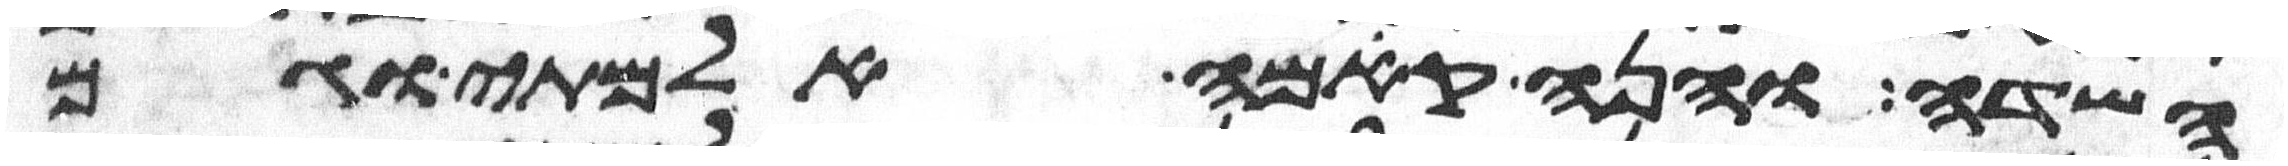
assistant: השדה והנה קמה אלמתי וגם